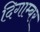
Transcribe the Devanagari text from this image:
दिगाम्बर